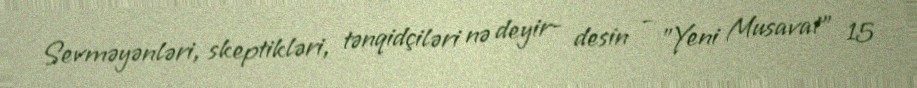
Sevməyənləri, skeptikləri, tənqidçiləri nə deyir- desin - "Yeni Musavat" 15